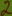
Text: 2